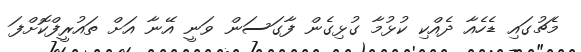
މެޗުގައި ޑެހެއާ ދެއްކި ކުޅުމާ ގުޅިގެން ފާގަސަން ވަނީ އޭނާ އަށް ތައުރީފްކޮށްފަ